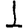
Digit: 1